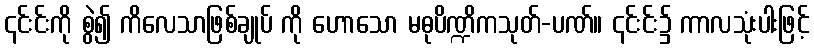
၎င်းင်းကို စွဲ၍ ကိလေသာဖြစ်ချုပ် ကို ဟောသော မဓုပိဏ္ဍိကသုတ်-ပဏ်။ ၎င်းင်း၌ ကာလသုံးပါးဖြင့်